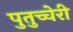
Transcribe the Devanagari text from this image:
पुतुच्चेरी